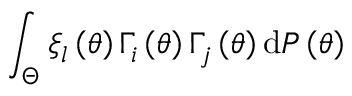
\int _ { \Theta } \xi _ { l } \left( \theta \right) \Gamma _ { i } \left( \theta \right) \Gamma _ { j } \left( \theta \right) \mathrm { d } { \cal P } \left( \theta \right)